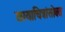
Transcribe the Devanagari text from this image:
छायाचित्रांसोबत